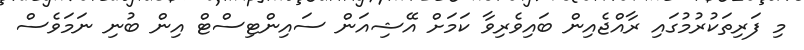
މި ފަރިތަކުރުމުގައި ރާއްޖެއިން ބައިވެރިވާ ކަމަށް އޭޝިއަން ސައިންޓިސްޓް އިން ބުނި ނަމަވެސް